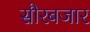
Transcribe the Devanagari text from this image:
सौरबजार